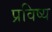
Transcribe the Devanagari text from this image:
प्रविष्य